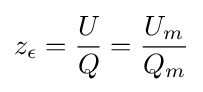
z_{\epsilon }={\frac {U}{Q}}={\frac {U_{m}}{Q_{m}}}